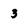
Character: 3